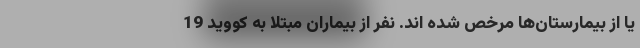
یا از بیمارستان‌ها مرخص شده اند. نفر از بیماران مبتلا به کووید 19